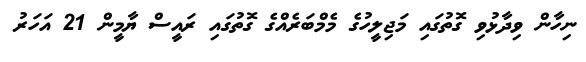
ނިހާން ވިދާޅުވި ގޮތުގައި މަޖިލީހުގެ މެމްބަރެއްގެ ގޮތުގައި ރައީސް ޔާމީން 21 އަހަރު